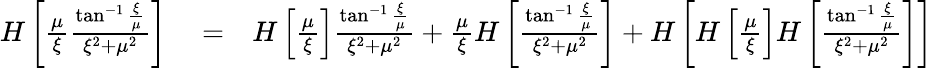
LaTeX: \begin{array}{rlr}{H\left[\frac{\mu}{\xi}\frac{\tan^{-1}\frac{\xi}{\mu}}{\xi^{2}+\mu^{2}}\right]}&{{}=}&{H\left[\frac{\mu}{\xi}\right]\frac{\tan^{-1}\frac{\xi}{\mu}}{\xi^{2}+\mu^{2}}+\frac{\mu}{\xi}H\left[\frac{\tan^{-1}\frac{\xi}{\mu}}{\xi^{2}+\mu^{2}}\right]+H\left[H\left[\frac{\mu}{\xi}\right]H\left[\frac{\tan^{-1}\frac{\xi}{\mu}}{\xi^{2}+\mu^{2}}\right]\right]}\end{array}